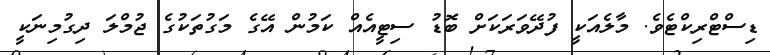
ޑިސްޓްރިކްޓެވެ. މާލެއަކީ ފުދޭވަރަކަށް ބޮޑު ސިޓީއެއް ކަމުން އޭގެ މަގުތަކުގެ ޖުމްލަ ދިގުމިނަކީ